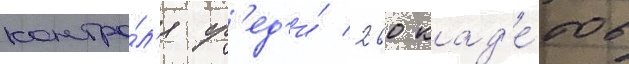
контро́л'я ср'ед'и́ 260 кад'е́тов